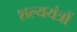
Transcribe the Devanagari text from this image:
शल्ययंत्रों